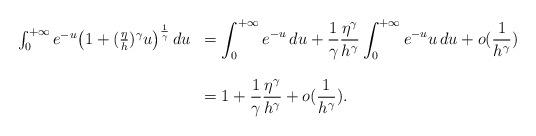
LaTeX: \begin{align*}\begin{array}{rl}\int_0^{+\infty}e^{-u}\big( 1+(\frac{\eta}{h})^\gamma u\big )^{\frac{1}{\gamma}}\,du & =\displaystyle{\int_0^{+\infty}e^{-u}\,du+\frac{1}{\gamma}\frac{\eta^\gamma}{h^\gamma}\int_0^{+\infty}e^{-u}u\,du} + o(\frac{1}{h^{\gamma}})\\& \\& = \displaystyle{1+\frac{1}{\gamma}\frac{\eta^\gamma}{h^\gamma} +o(\frac{1}{h^{\gamma}})}.\end{array}\end{align*}